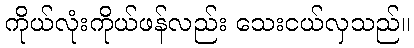
ကိုယ်လုံးကိုယ်ဖန်လည်း သေးငယ်လှသည်။